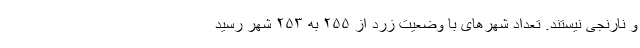
و نارنجی نیستند. تعداد شهرهای با وضعیت زرد از ۲۵۵ به ۲۵۳ شهر رسید